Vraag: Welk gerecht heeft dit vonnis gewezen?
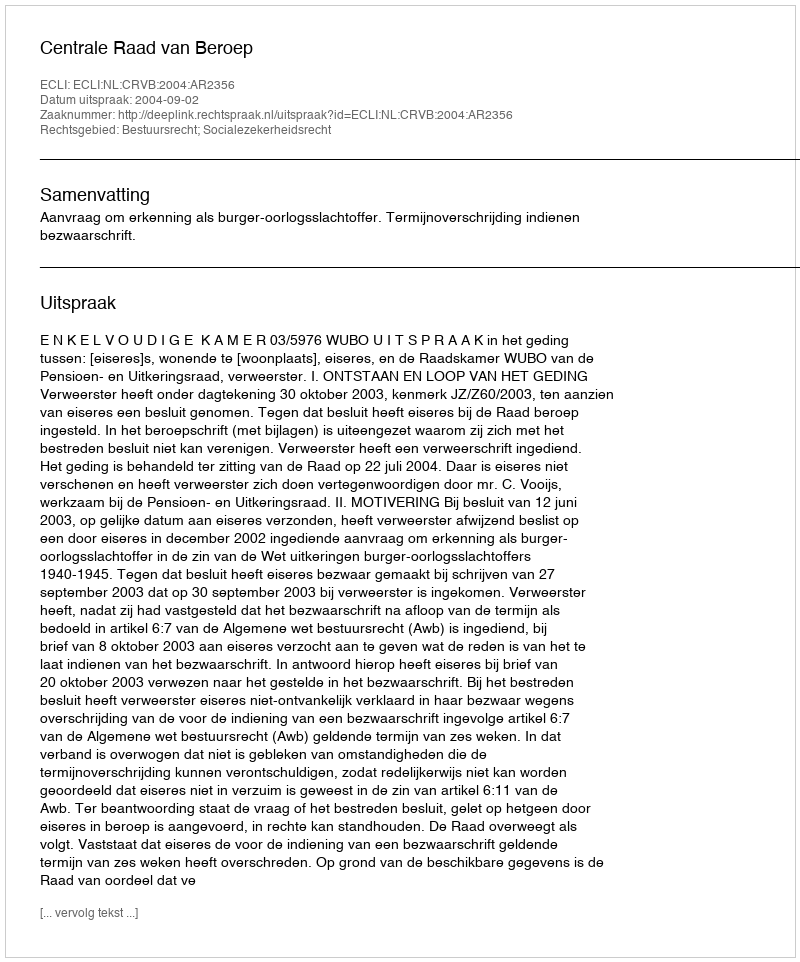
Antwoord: Centrale Raad van Beroep